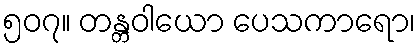
၅၀၇။ တန္တဝါယော ပေသကာရော၊